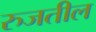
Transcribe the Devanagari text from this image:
रुजतील